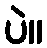
ပဲ။